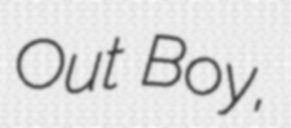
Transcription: Out Boy,